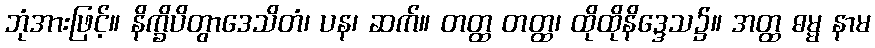
ဘုံအားဖြင့်။ နိက္ခိပိတွာဒေသိတံ၊ ပန၊ ဆက်။ တတ္ထ တတ္ထ၊ ထိုထိုနိဒ္ဒေသ၌။ အတ္ထ ဓမ္မ နာမ